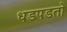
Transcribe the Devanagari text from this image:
धडपडतो